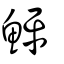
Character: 鮃